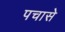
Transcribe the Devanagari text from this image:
पचासे